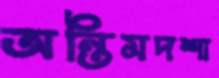
অন্তিমদশা